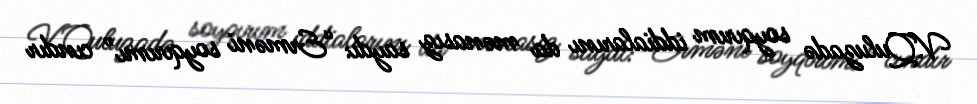
V.Quluzadə soyqırım iddialarını da mənasız saydı: “Erməni soyqırımı” cındır